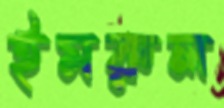
ইমরুল